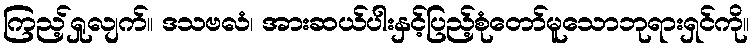
ကြည့်ရှုလျက်။ ဒသဗလံ၊ အားဆယ်ပါးနှင့်ပြည့်စုံတော်မူသောဘုရားရှင်ကို။